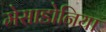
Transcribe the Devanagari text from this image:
मेसाडोनिया